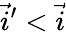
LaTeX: \vec{i}^{\prime}<\vec{i}